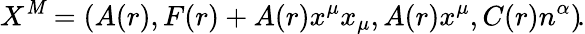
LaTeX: X^{\mathit{M}}=\left(A(r),F(r)+A(r)x^{\mu}x_{\mu},A(r)x^{\mu},C(r)n^{\alpha}\right)\! .